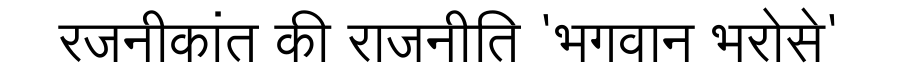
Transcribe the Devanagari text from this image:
रजनीकांत की राजनीति 'भगवान भरोसे'